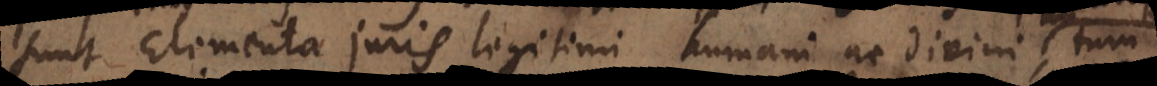
Elementa juris legitimi humani ac divini,